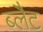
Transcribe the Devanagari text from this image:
ब्लैट